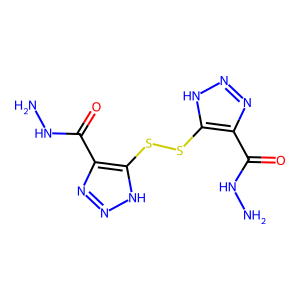
SMILES: NNC(=O)c1nn[nH]c1SSc1[nH]nnc1C(=O)NN
Inhibits HIV replication: No